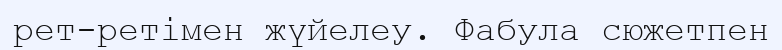
рет-ретімен жүйелеу. Фабула сюжетпен